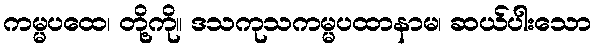
ကမ္မပထေ၊ တို့ကို။ ဒသကုသကမ္မပထာနာမ၊ ဆယ်ပါးသော